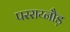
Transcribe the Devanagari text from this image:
परराय्नौड़